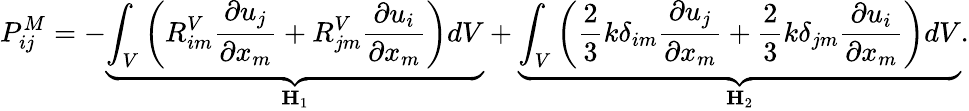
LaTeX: P_{ij}^{M}=-\underbrace{\int_{V}\left(R_{im}^{V}\frac{\partial u_{j}}{\partial x_{m}}+R_{jm}^{V}\frac{\partial u_{i}}{\partial x_{m}}\right)dV}_{\mathbf{H}_{1}}+\underbrace{\int_{V}\left(\frac{2}{3}k\delta_{im}\frac{\partial u_{j}}{\partial x_{m}}+\frac{2}{3}k\delta_{jm}\frac{\partial u_{i}}{\partial x_{m}}\right)dV}_{\mathbf{H}_{2}}.